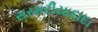
સરમરીયાદાદા